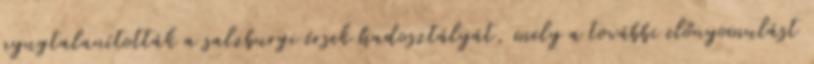
nyugtalanították a salzburgi érsek hadosztályát, mely a további előnyomulást